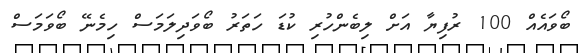
ބޯވައެއް 100 ރުފިޔާ އަށް ލިބެންހުރި ކުޑަ ހަތަރު ބޯވަދިލަމަސް ހިމެނޭ ބޯވަމަސް